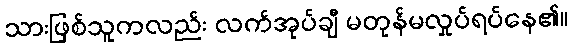
သားဖြစ်သူကလည်း လက်အုပ်ချီ မတုန်မလှုပ်ရပ်နေ၏။